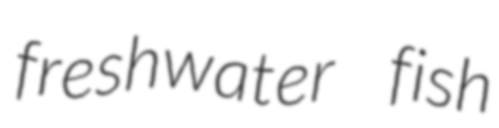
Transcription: freshwater fish